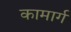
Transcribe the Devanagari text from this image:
कामार्ग